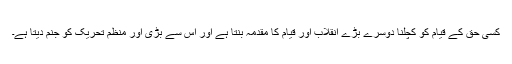
کسی حق کے قیام کو کچلنا دوسرے بڑے انقلاب اور قیام کا مقدمہ بنتا ہے اور اس سے بڑی اور منظم تحریک کو جنم دیتا ہے۔